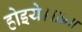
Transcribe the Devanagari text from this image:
होइये।॥७॥